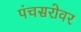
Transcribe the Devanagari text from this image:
पंचसरोवर